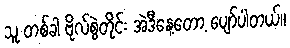
သူ တစ်ခါ ဗိုလ်စွဲတိုင်း အဲဒီနေ့တော့ ပျော်ပါတယ်။